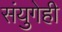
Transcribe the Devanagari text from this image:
संयुगेही